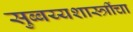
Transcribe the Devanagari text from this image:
सुब्बय्यशास्त्रींचा